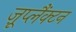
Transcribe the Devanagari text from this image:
ज़ूप्लैंक्टन